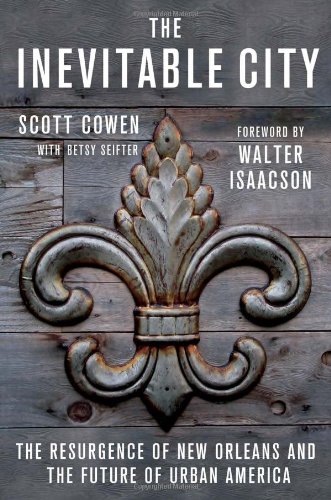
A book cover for The Inevitable City: The Resurgence of New Orleans and the Future of Urban America; Scott Cowen; Business & Money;